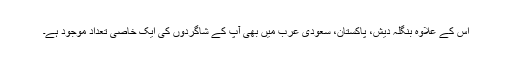
اس کے علاوہ بنگلہ دیش، پاکستان، سعودی عرب میں بھی آپ کے شاگردوں کی ایک خاصی تعداد موجود ہے۔